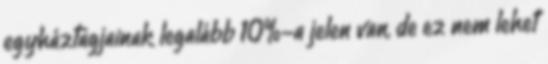
egyháztagjainak legalább 10%-a jelen van, de ez nem lehet